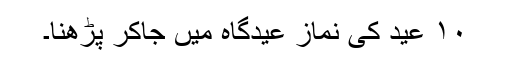
۱۰ عید کی نماز عیدگاہ میں جاکر پڑھنا۔